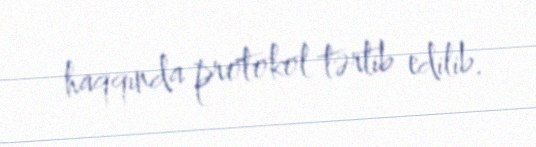
haqqında protokol tərtib edilib.